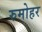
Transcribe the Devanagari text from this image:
रुमोहर